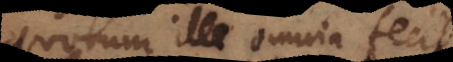
quorum ille omnia fecit